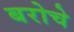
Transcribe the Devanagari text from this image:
बरोचे